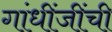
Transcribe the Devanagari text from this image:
गांधींजींची